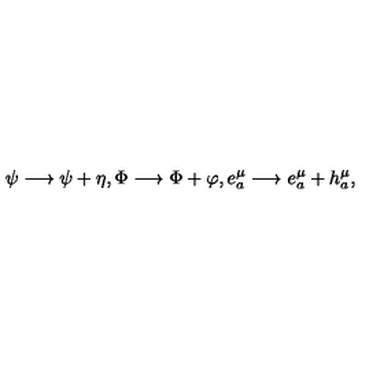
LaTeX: \psi \longrightarrow \psi + \eta , \Phi \longrightarrow \Phi + \varphi , e _ { a } ^ { \mu } \longrightarrow e _ { a } ^ { \mu } + h _ { a } ^ { \mu } ,